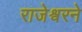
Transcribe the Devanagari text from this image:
राजेश्वरने